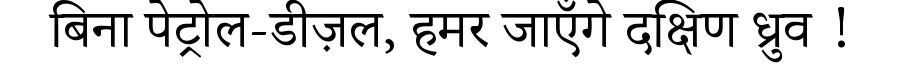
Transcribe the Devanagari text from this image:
बिना पेट्रोल-डीज़ल, हमर जाएँगे दक्षिण ध्रुव !